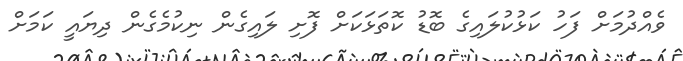
ވެއްދުމަށް ފަހު ކަޅުކުލައިގެ ބޮޑު ކޮތަޅަކަށް ފޮށި ލައިގެން ނިކުމެގެން ދިޔައީ ކަމަށް